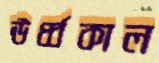
ঊর্ধ্বকাল